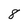
Character: 8